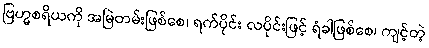
ဗြဟ္မစရိယကို အမြဲတမ်းဖြစ်စေ၊ ရက်ပိုင်း လပိုင်းဖြင့် ရံခါဖြစ်စေ၊ ကျင့်တဲ့